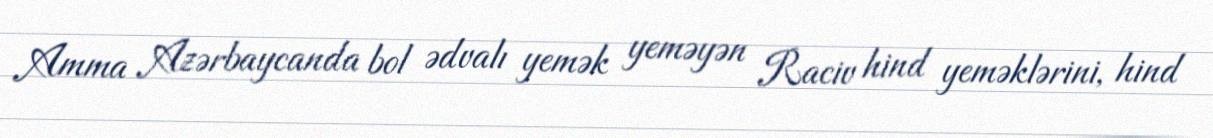
Amma Azərbaycanda bol ədvalı yemək yeməyən Raciv hind yeməklərini, hind